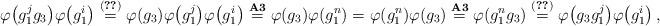
LaTeX: \begin{align*} \varphi \big( g^{j}_1 g_3 \big) \varphi \big( g^{i}_1 \big) \overset{(\ref{eq:8})}{=} \varphi (g_3) \varphi \big( g^{j}_1 \big) \varphi \big( g^{i}_1 \big) \overset{{\bf A3}}{=} \varphi (g_3) \varphi (g^{n}_1) = \varphi (g^{n}_1) \varphi (g_3) \overset{{\bf A3}}{=} \varphi (g^{n}_1 g_3) \overset{(\ref{eq:11n3})}{=} \varphi \big( g_3 g^{j}_1 \big) \varphi \big( g^{i}_1 \big) \,,\end{align*}